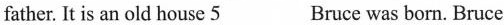
father. It is an old house \underline{5} Bruce was born. Bruce